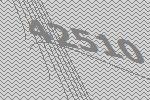
42510